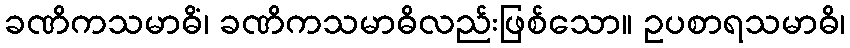
ခဏိကသမာဓိံ၊ ခဏိကသမာဓိလည်းဖြစ်သော။ ဥပစာရသမာဓိ၊